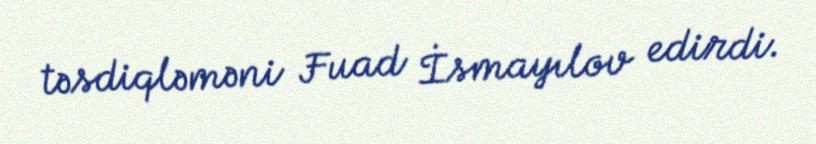
təsdiqləməni Fuad İsmayılov edirdi.